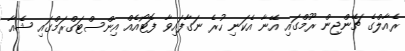
ރެއާލްގެ ޗޭންޖިން ރޫމްގައި އޭނާ އެކަނި ހުރެ ނަގާފައިވާ ފޮޓޯއެއް އިންސްޓަގްރަމްގައި ޝެއާ